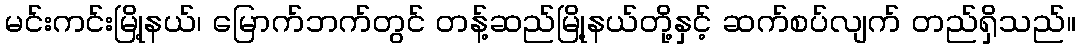
မင်းကင်းမြို့နယ်၊ မြောက်ဘက်တွင် တန့်ဆည်မြို့နယ်တို့နှင့် ဆက်စပ်လျက် တည်ရှိသည်။